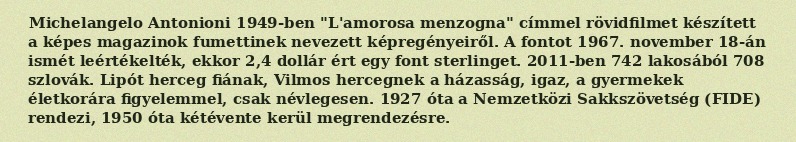
Michelangelo Antonioni 1949-ben "L'amorosa menzogna" címmel rövidfilmet készített a képes magazinok fumettinek nevezett képregényeiről. A fontot 1967. november 18-án ismét leértékelték, ekkor 2,4 dollár ért egy font sterlinget. 2011-ben 742 lakosából 708 szlovák. Lipót herceg fiának, Vilmos hercegnek a házasság, igaz, a gyermekek életkorára figyelemmel, csak névlegesen. 1927 óta a Nemzetközi Sakkszövetség (FIDE) rendezi, 1950 óta kétévente kerül megrendezésre.